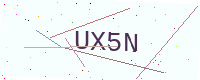
Text: UX5N